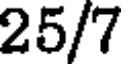
25/7